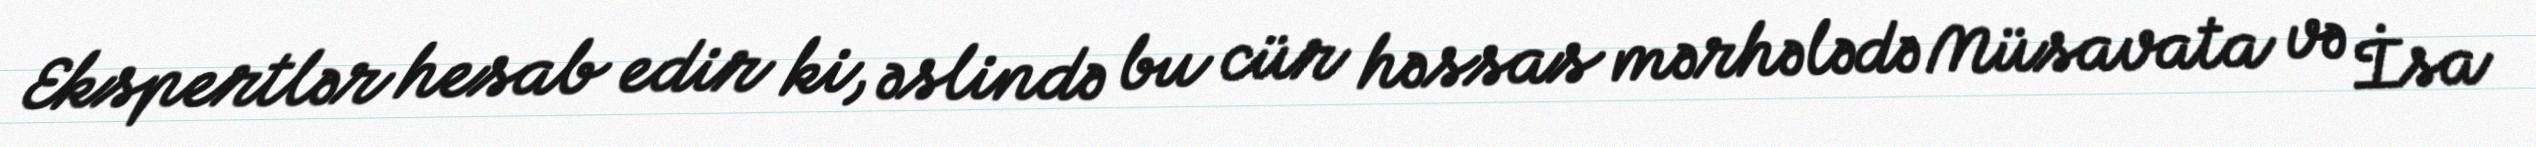
Ekspertlər hesab edir ki, əslində bu cür həssas mərhələdə Müsavata və İsa